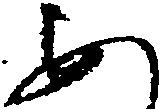
あ